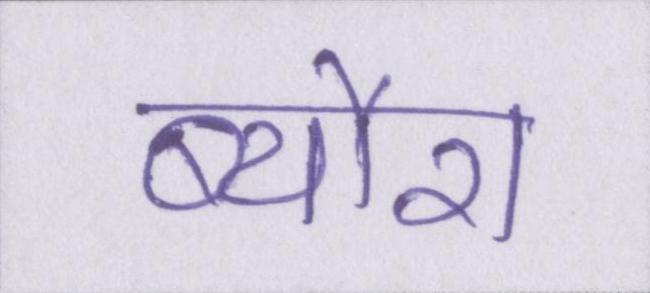
ब्यौरा